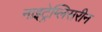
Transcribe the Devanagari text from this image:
नाइट्रेग्लिसरीन